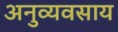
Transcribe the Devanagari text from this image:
अनुव्यवसाय